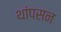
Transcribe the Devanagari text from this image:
थांपसन